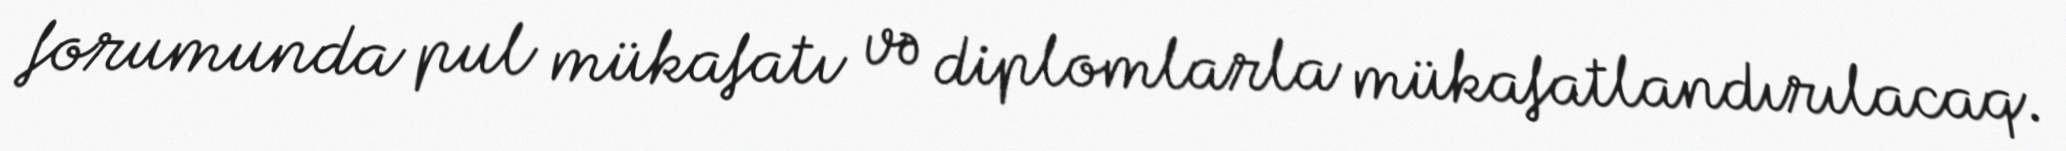
forumunda pul mükafatı və diplomlarla mükafatlandırılacaq.